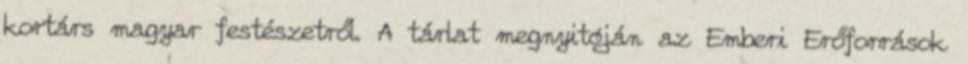
kortárs magyar festészetről. A tárlat megnyitóján az Emberi Erőforrások